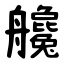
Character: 艬